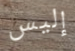
إليس